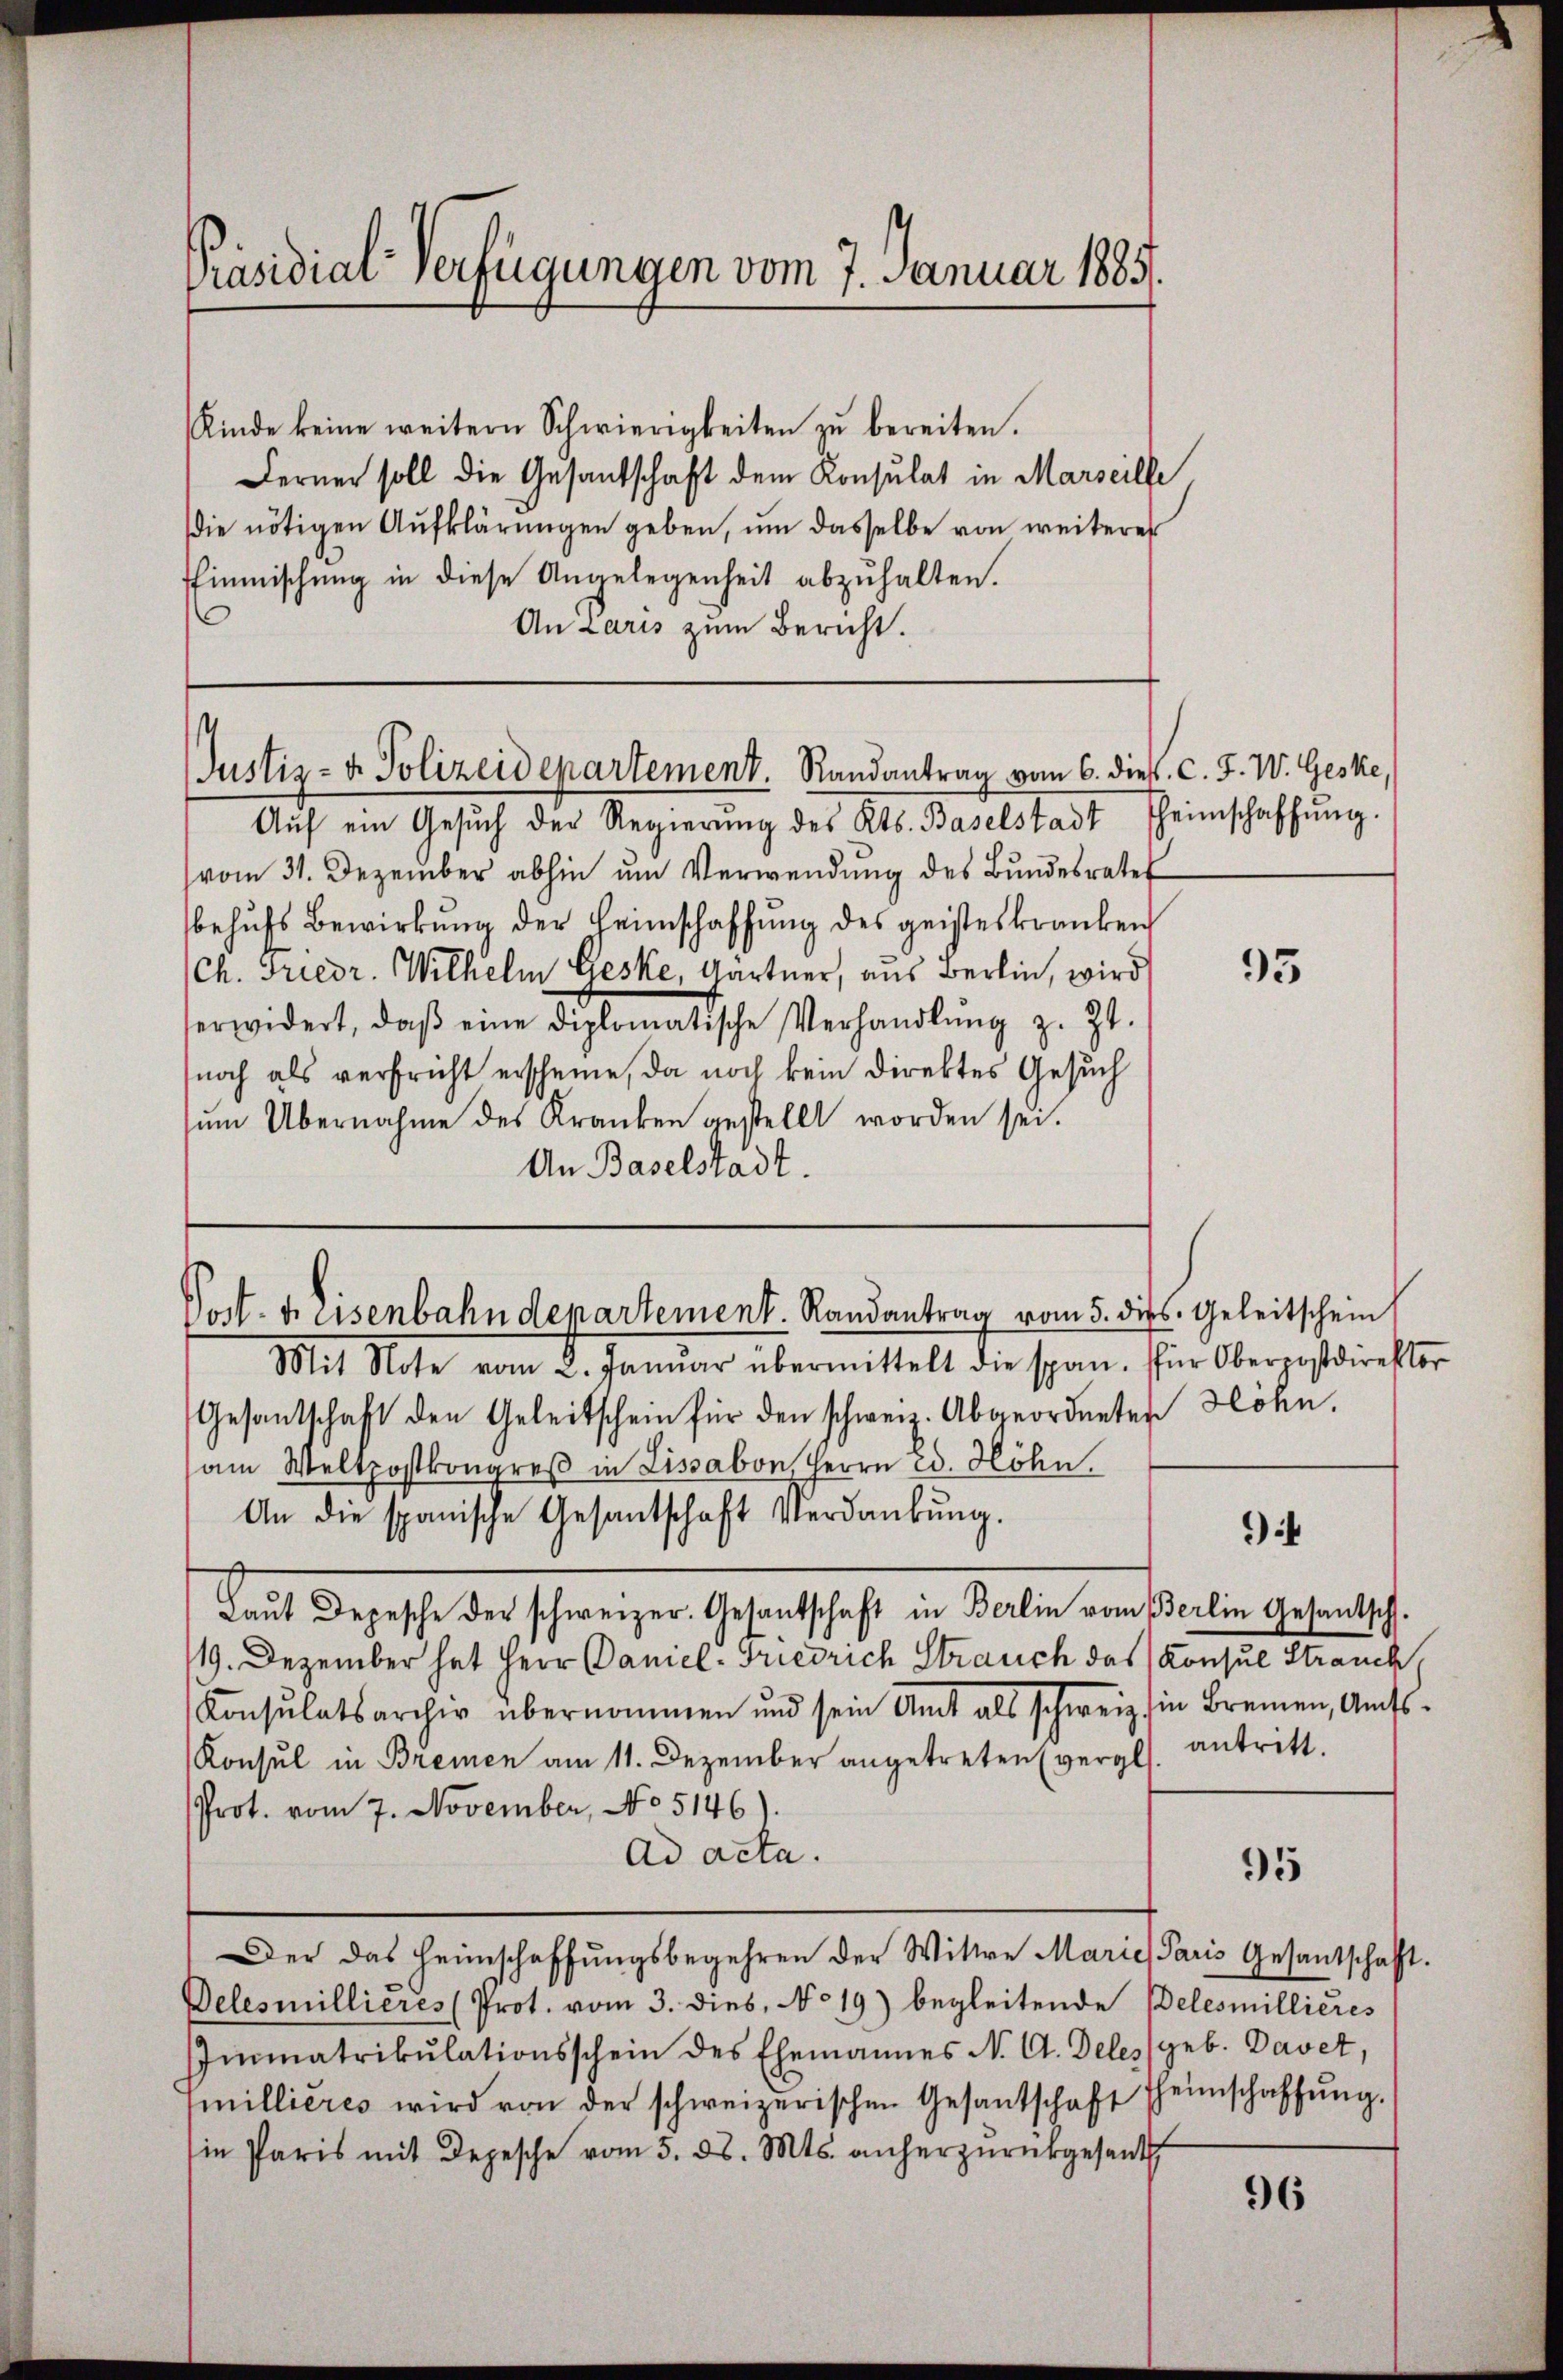
Präsidial-Verfügungen vom 7. Januar 1885.

Kinde keine weitern Schwierigkeiten zu bereiten.
Ferner soll die Gesandschaft dem Konsulat in Marseille
die nötigen Aufklärŭngen geben, ŭm dasselbe von weiteres
Einmischung in diese Angelegenheit abzŭhalten.
An Laris zum Bericht.

Justiz- & Polizeidepartement. Randantrag vom 6. dies. C. F. W. Geske,

Post. 4. Eisenbahndepartement. Randantrag vom 5. dies. Geleitschein

Aŭf ein Gesŭch der Regierŭng des Kts. Baselstadt heimschaffŭng.
vom 31. Dezember abhin um Verwendung des Bundesrate
behŭfs Bewirkŭng der Heimschaffŭng des geisteskranken
(Ch. Friedr. Wilhelm Geske, Gärtner, aus Berlin, wird
erwidert, daβ eine diplomatische Verhandlŭng z. Zt.
noch als verfricht erscheine, da noch kein Direktes Gesuch
sŭm Übernahme des Kranken gestellt worden sei.
An Baselstadt.

Mit Note vom 2. Januar übermittelt die span. für Oberpostdirekter
Gesantschaft den Geleitschein für den schweiz. Abgeordneten Höhn.
am Weltpostkongreß in Lissabon Herrn Ed. Höhn,
An die spanische Gesantschaft Verdankŭng.
keit deresse der schweizer Gesantschaft in Balle von selin Gesandtsch.
/19. Dezember hat Herr Daniel-Friedrich Strauch des Konsul Strauch
Konsulatsarchiv übernommen und sein Amt als schweiz in Bremen, Amts-
Konsul in Bremen am 11. Dezember angetreten (vergl. antritt.
Prot. vom 7. November, No 5146).
Ad acta.
95
Der das Heimschaffungsbegehren der Wittwe Marie Paris Gesantschafft.
Delesmillieres (Prot. vom 3. dies, No 19) begleitende Belesmillieres
Immatrikulationsschein des Ehemannes N. Ct. Deles (geb. Davet,
millieres wird von der schweizerischen Gesantschaft heimschaffŭng.
in Paris mit Depesche vom 5. ds. Mts. anherzŭrückgesandt,
96

93

94